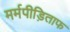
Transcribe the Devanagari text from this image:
मर्मपीड़िताफ